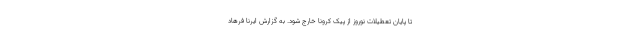
تا پایان تعطیلات نوروز از پیک کرونا خارج ‌شود. به گزارش ایرنا فرهاد